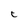
Character: t